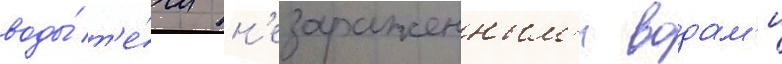
воды́ т'е́чи н'езараженным'и водам'и